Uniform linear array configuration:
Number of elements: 16
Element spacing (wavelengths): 0.25
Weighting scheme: uniform
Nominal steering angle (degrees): -30
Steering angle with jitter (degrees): -29.84
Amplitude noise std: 0.05
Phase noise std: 0.05

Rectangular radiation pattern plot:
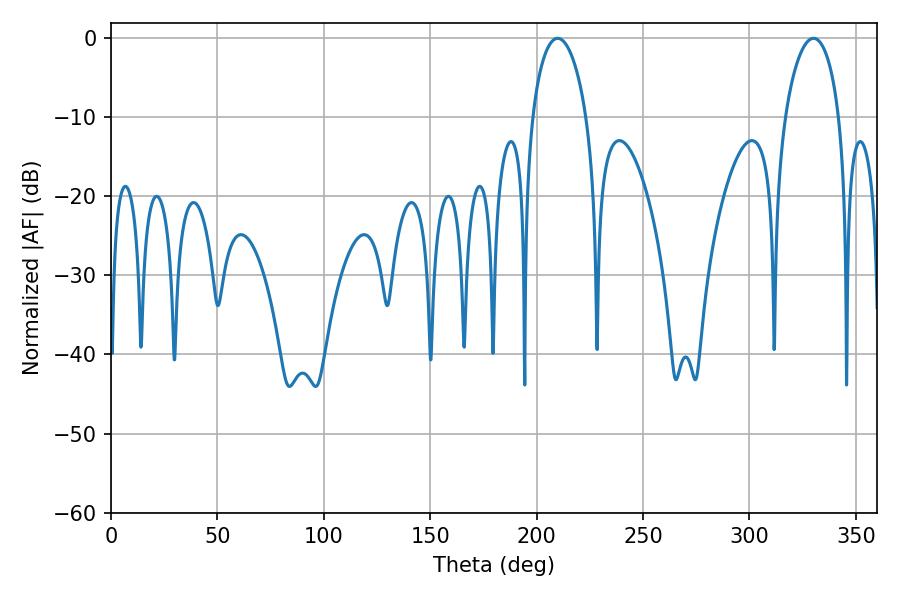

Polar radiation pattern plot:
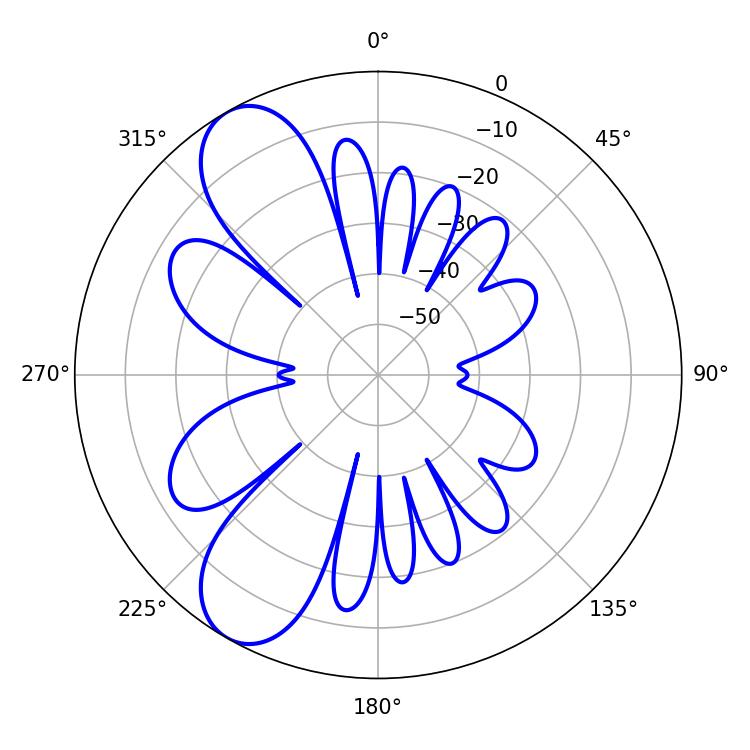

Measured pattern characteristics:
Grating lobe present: FALSE
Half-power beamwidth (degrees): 14.58
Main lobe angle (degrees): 209.88